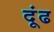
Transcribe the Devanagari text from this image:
दूंढ